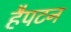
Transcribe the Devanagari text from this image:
हैपटन